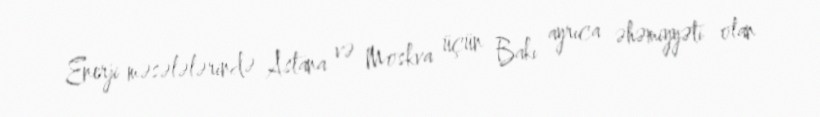
Enerji məsələlərində Astana və Moskva üçün Bakı ayrıca əhəmiyyəti olan